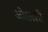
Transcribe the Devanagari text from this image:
ओसरली